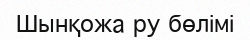
Шынқожа ру бөлімі